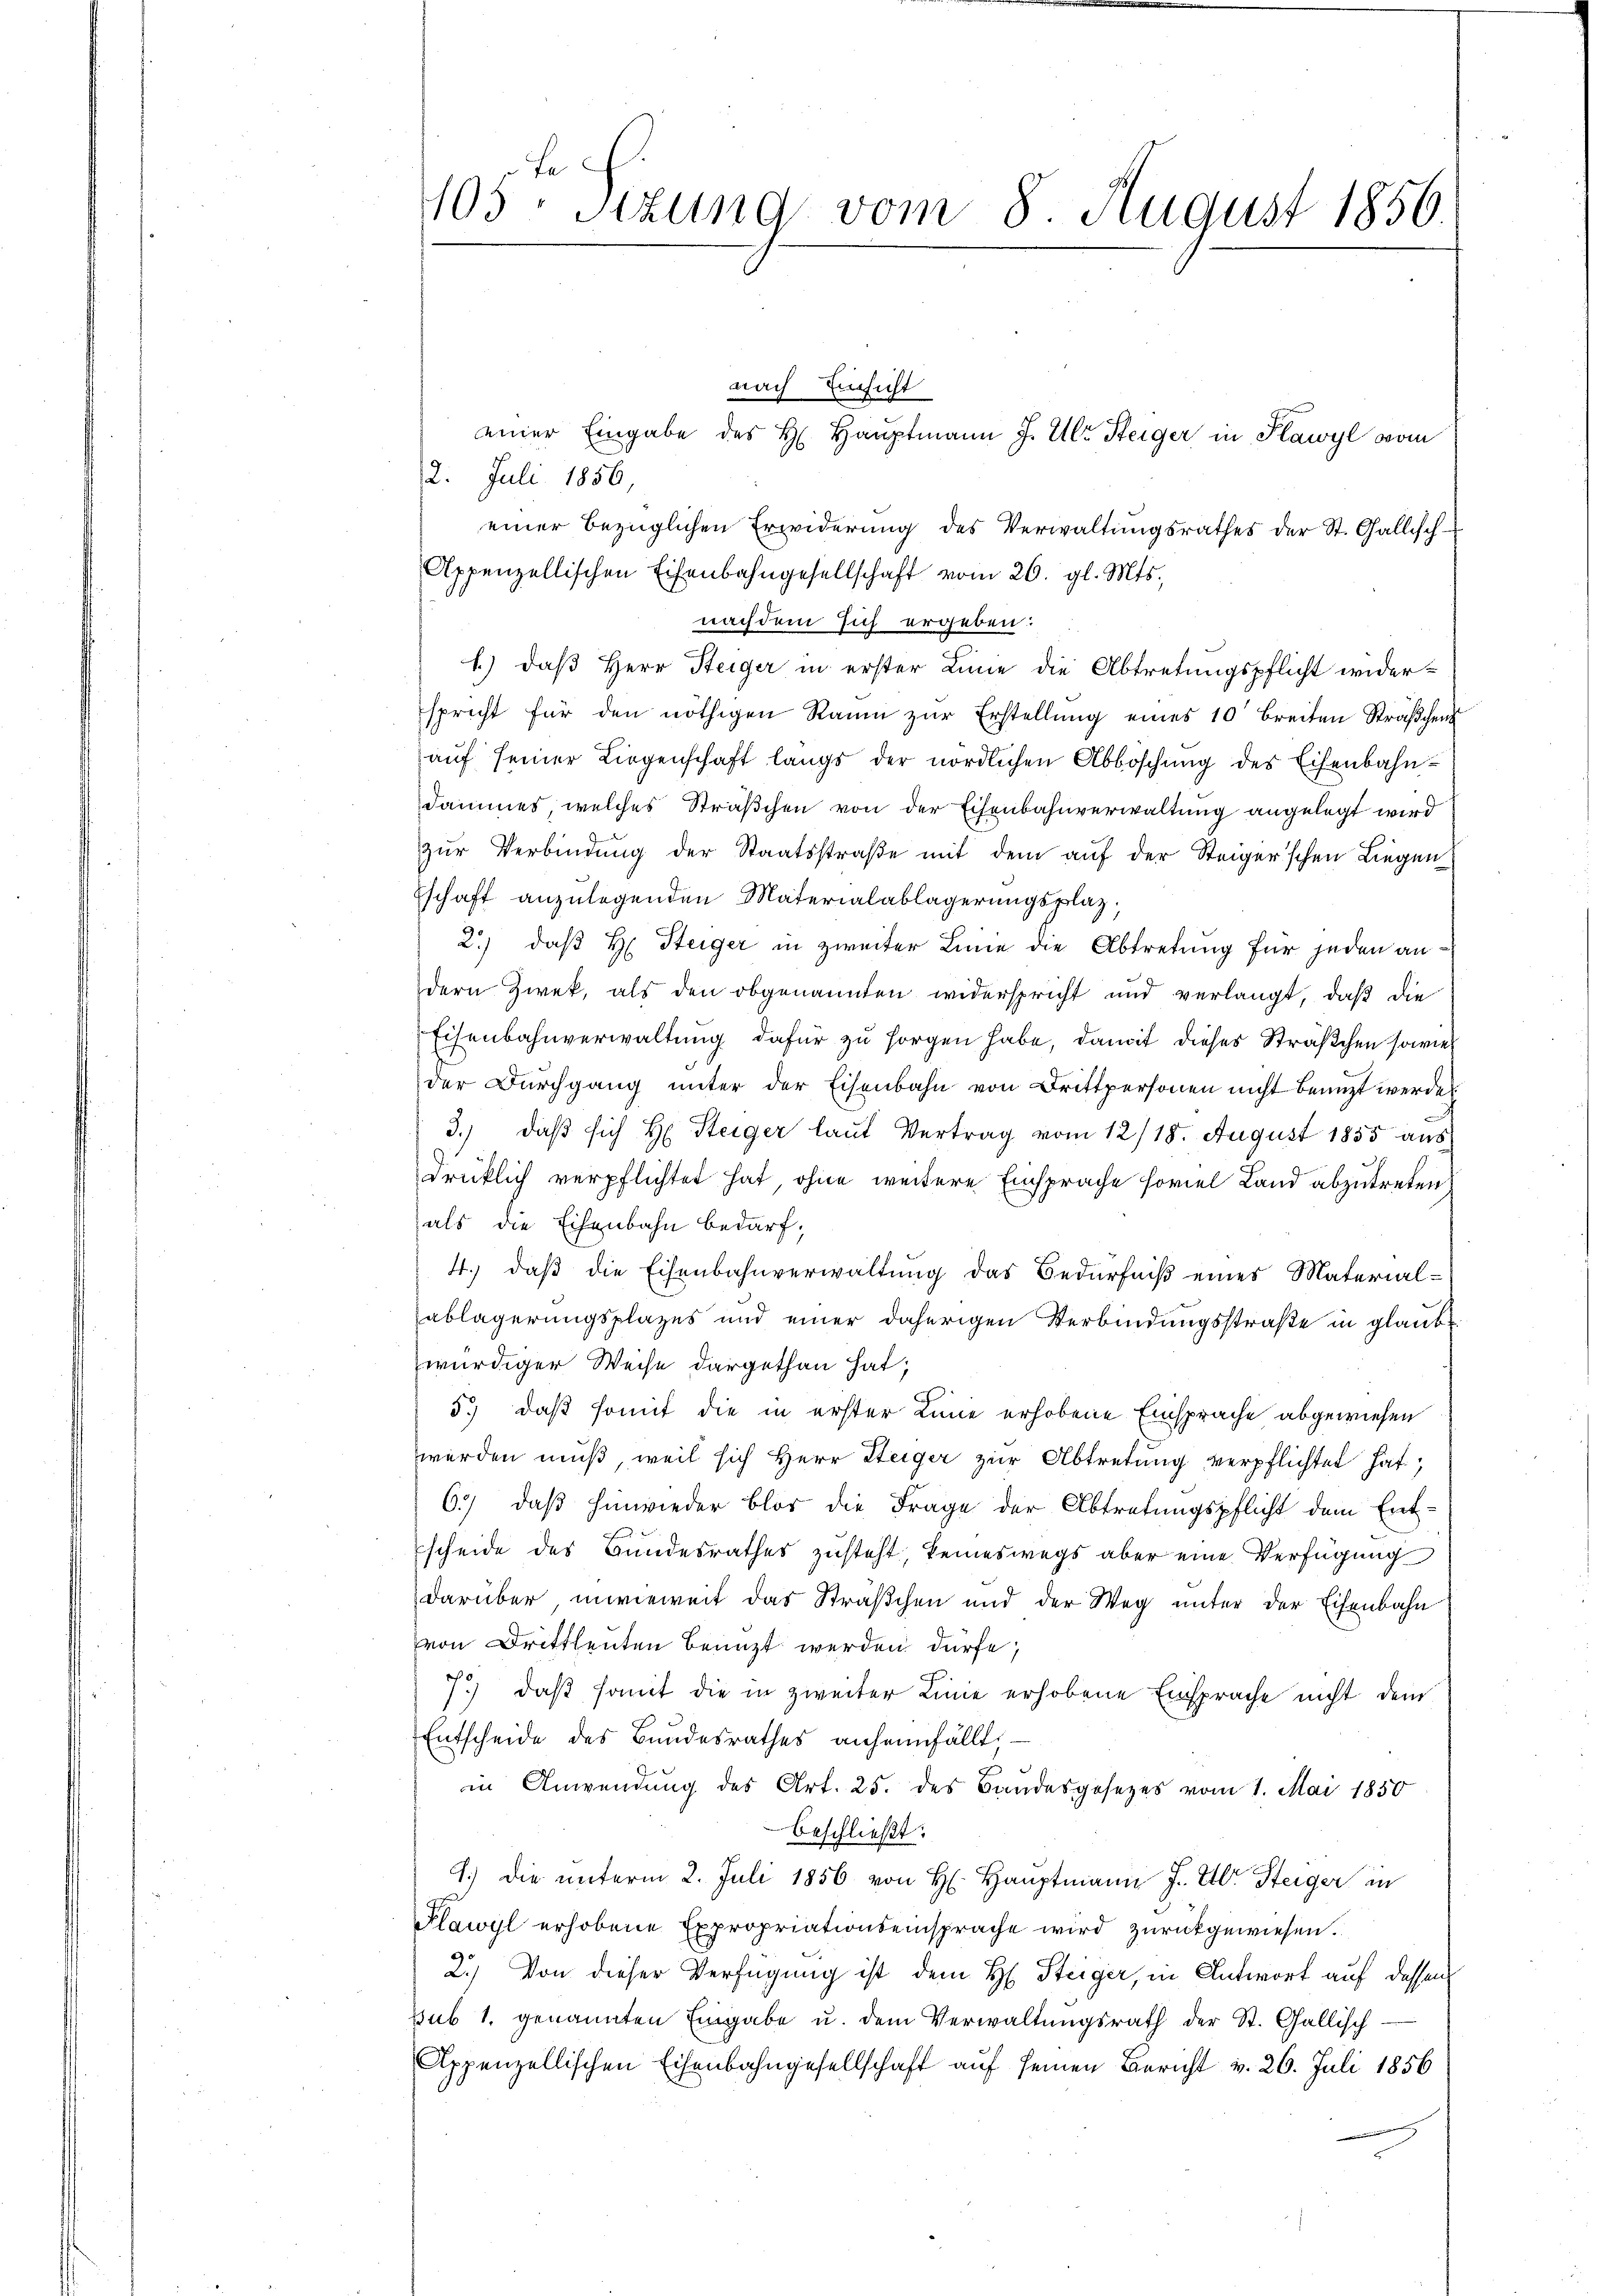
1
105. Sizung vom 8. August 1856.

nach Einsicht
2. Juli 1856,
einer bezüglichen Erwiderung des Verwaltungsrathes der St. Gallisch-
Appenzellischen Eisenbahngesellschaft vom 26. gl. Mts.,
nachdem sich ergeben:
b.) daß Herr Steiger in erster Linie die Abtretungspflicht widerspricht für den nöthigen Raum zur Erstellung eines 10' breiten Sträßchen
auf seiner Liegenschaft langs der nördlichen Abboschung des Eisenbahndammes, welches Sträßchen von der Eisenbahnverwaltung angelegt wird
zŭr Verbindŭng der Staatsstraβe mit dem auf der Steiger’schen Liegen
schaft anzulegenden Materialablagerungsplaz.
2.) daß H. Steiger in zweiter Linie die Abtretung für jeden andern Zweck, als den obgenannten widerspricht und verlangt, daß die
Eisenbahnverwaltung dafür zu sorgen habe, damit dieses Sträßchen sowie
der Durchgang unter der Eisenbahn von Drittpersonen nicht benuzt werde
3.) daß sich H: Steiger laut Vertrag vom 12/18. August 1855 aus
drüklich verpflichtet hat, ohne weitere Einsprache soviel Land abzutreten,
als die Eisenbahn bedarf;
4.) daß die Eisenbahnverwaltung das Bedürfniß eines Material-
ablagerungsplazes und einer daherigen Verbindungsstraße in glaubwürdiger Weise dargethan hat;
5.) daß somit die in erster Linie erhobene Einsprache abgewiesen
werden muß, weil sich Herr Steiger zur Abtretung verpflichtet hat.
6.) daß hinwieder blos die Frage der Abtretungspflicht dem Entscheide des Bundesrathes zusteht, keineswegs aber eine Verfügung
darüber, inwieweit das Sträßchen und der Weg unter der Eisenbahn
von Drittheuten Benuzt werden dürfe;
7.) daß somit die in zweiter Linie erhobene Einsprache nicht dem
Entscheide des Bundesrathes anheimfällt.
in Anwendung des Art. 25. des Bandesgesezes vom 1. Mai 1850
beschließt:
1.) Die unterm 2. Juli 1856 von H. Hauptmann J. E. Steiger in
Flawyl erhobene Expropriationseinsprache wird zŭrückgewiesen.
2.) Von dieser Verfügung ist dem H. Steiger, in Antwort auf dessen
sub 1. genannten Eingabe u. dem Verwaltungsrath der St. Gallisch
Appenzellischen Eisenbahngesellschaft auf seinen Bericht v. 26. Juli 1856

einer Eingabe des H. Hauptmann J. Ulr Steiger in Plawyl vom